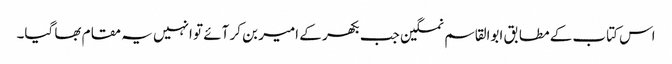
اس کتاب کے مطابق ابوالقاسم نمکین جب بکھر کے امیر بن کر آئے تو انہیں یہ مقام بھا گیا۔